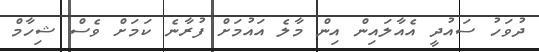
ދުވަހު ސައުދީ އެއާލައިން އިން މާލެ އައުމަށް ފުރާނެ ކަމަށް ވެސް ޝިހާމް